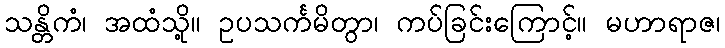
သန္တိကံ၊ အထံသို့။ ဥပသင်္ကမိတွာ၊ ကပ်ခြင်းကြောင့်။ မဟာရာဇ၊